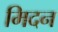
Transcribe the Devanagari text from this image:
मिदन